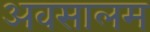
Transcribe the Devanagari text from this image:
अवसालम